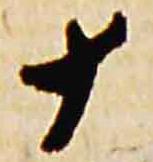
十